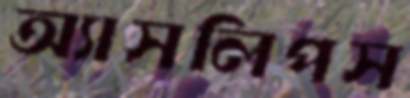
অ্যাসলিপস